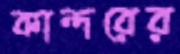
কান্দরের